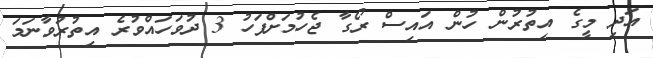
އަދި މީގެ އިތުރުން ހުން އައިސް ރޯގާ ޖެހުމަށްފަހު 3 ދުވަހައްވުރެ އިތުރުވާނަމަ